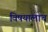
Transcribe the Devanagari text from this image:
विषयालाच